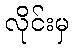
လိုင်းမှ